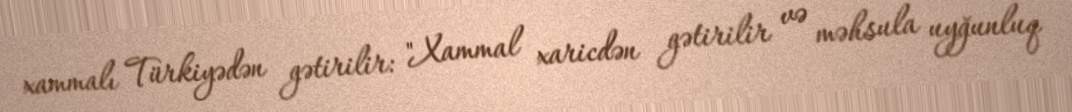
xammalı Türkiyədən gətirilir: "Xammal xaricdən gətirilir və məhsula uyğunluq